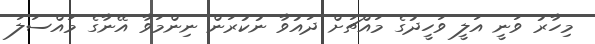
މިހާރު ވަނީ އަލީ ވަހީދުގެ މައްޗަށް ދައުވާ ނުކުރަން ނިންމަވާ އޭނާގެ މައްސަލަ